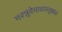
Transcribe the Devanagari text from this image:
मरन्नुवेचावास्तुक्कळ